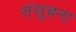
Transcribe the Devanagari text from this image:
संसूचना